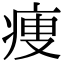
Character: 痩